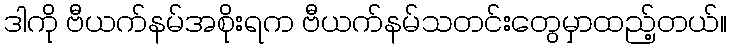
ဒါကို ဗီယက်နမ်အစိုးရက ဗီယက်နမ်သတင်းတွေမှာထည့်တယ်။